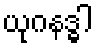
ယုဂနဒ္ဓါ